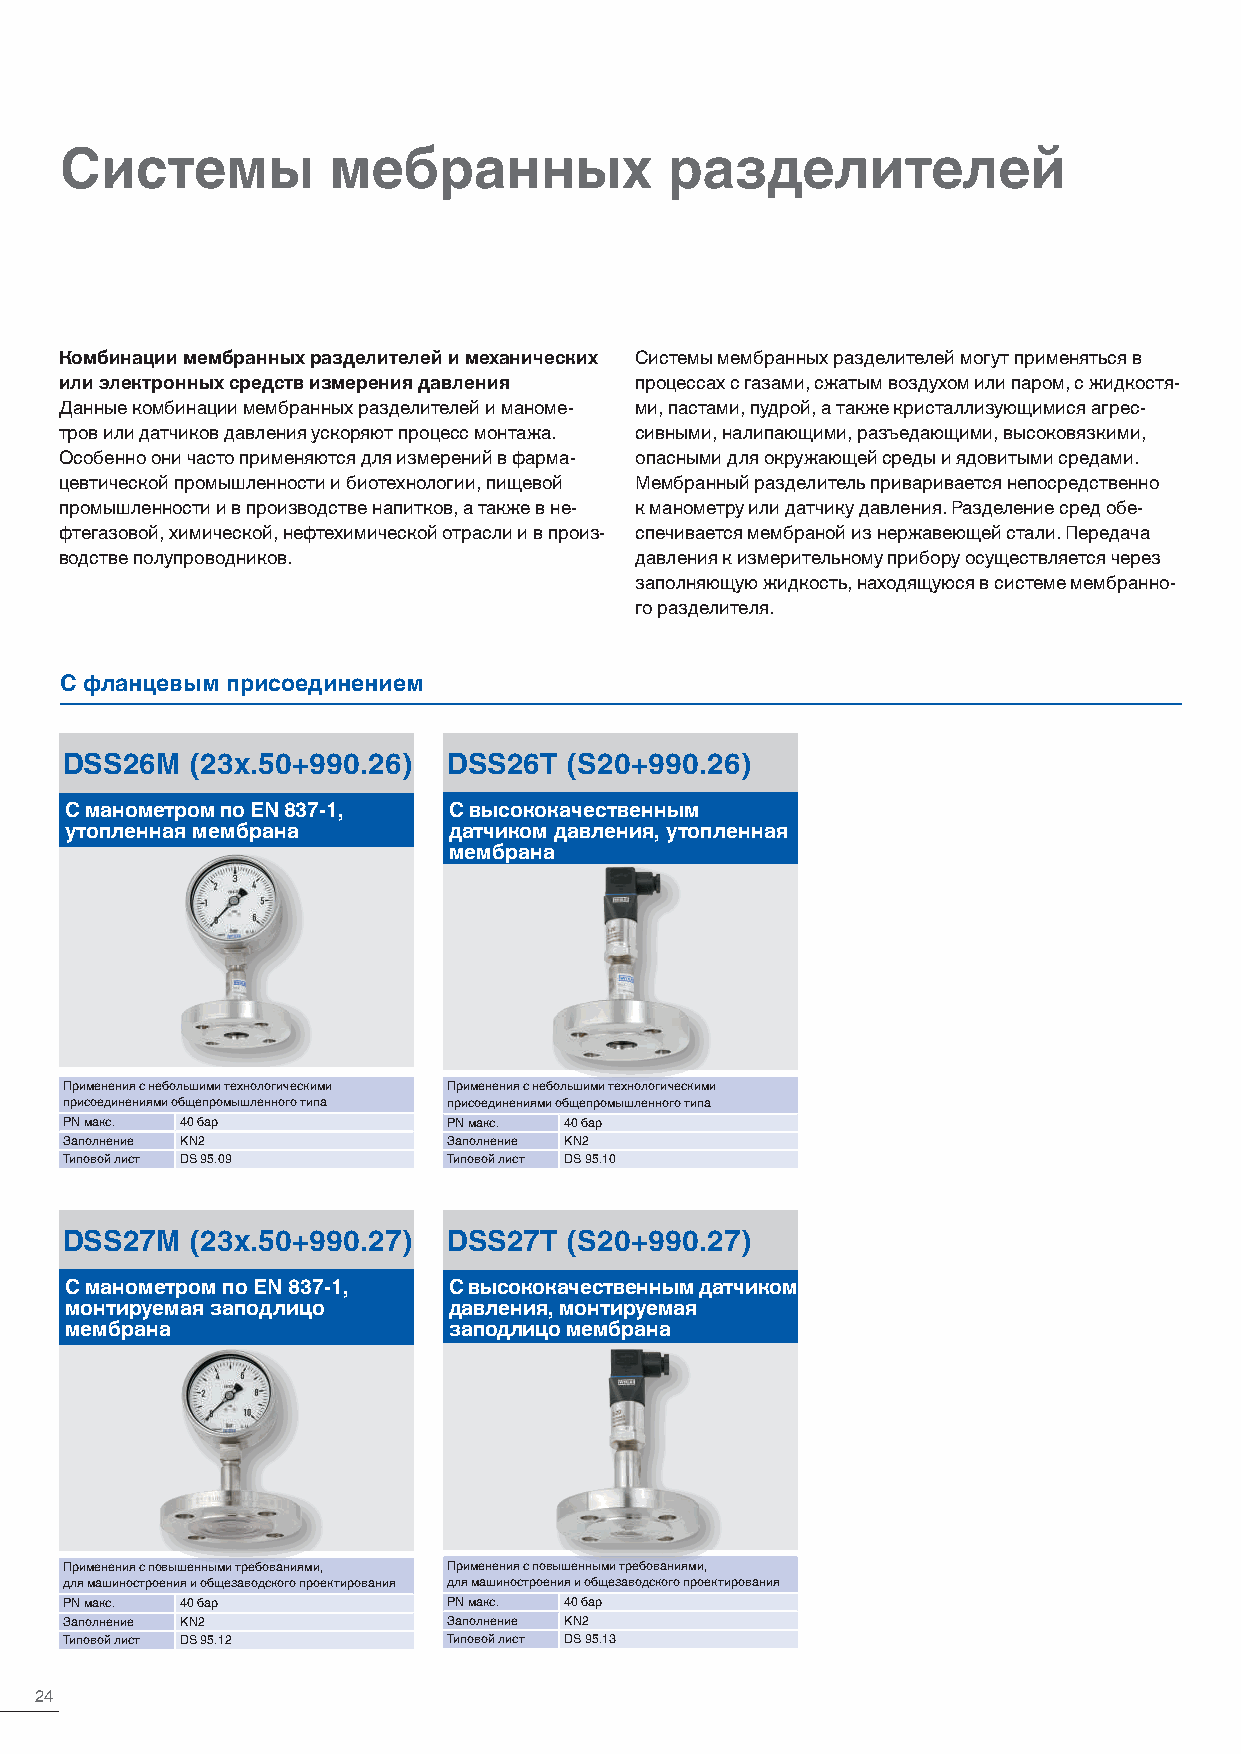
Системы           мебранных             разделителей
 Комбинации мембранных разделителей и механических Системы мембранных разделителей могут применяться в
 или электронных средств измерения давления процессах с газами, сжатым воздухом или паром, с жидкостя-
 Данные комбинации мембранных разделителей и маноме- ми, пастами, пудрой, а также кристаллизующимися агрес-
 тров или датчиков давления ускоряют процесс монтажа. сивными, налипающими, разъедающими, высоковязкими,
 Особенно они часто применяются для измерений в фарма- опасными для окружающей среды и ядовитыми средами.
 цевтической промышленности и биотехнологии, пищевой Мембранный разделитель приваривается непосредственно
 промышленности и в производстве напитков, а также в не- к манометру или датчику давления. Разделение сред обе-
 фтегазовой, химической, нефтехимической отрасли и в произ- спечивается мембраной из нержавеющей стали. Передача
 водстве полупроводников.              давления к измерительному прибору осуществляется через
 заполняющую жидкость, находящуюся в системе мембранно-
 го разделителя.
 С фланцевым присоединением
 DSS26M   (23x.50+990.26)  DSS26T  (S20+990.26)
 С манометром по EN 837-1, С высококачественным
 утопленная мембрана       датчиком давления, утопленная
 мембрана
 Применения с небольшими технологическими Применения с небольшими технологическими
 присоединениями общепромышленного типа присоединениями общепромышленного типа
 PN макс. 40 бар           PN макс. 40 бар
 Заполнение KN2            Заполнение KN2
 Типовой лист DS 95.09     Типовой лист DS 95.10
 DSS27M   (23x.50+990.27)  DSS27T  (S20+990.27)
 С манометром по EN 837-1, С высококачественным датчиком
 монтируемая заподлицо     давления, монтируемая
 мембрана                  заподлицо мембрана
 Применения с повышенными требованиями, Применения с повышенными требованиями,
 для машиностроения и общезаводского проектирования для машиностроения и общезаводского проектирования
 PN макс. 40 бар           PN макс. 40 бар
 Заполнение KN2            Заполнение KN2
 Типовой лист DS 95.12     Типовой лист DS 95.13
 24